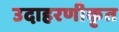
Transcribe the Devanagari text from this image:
उदाहरणीकृत